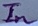
Text: In